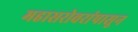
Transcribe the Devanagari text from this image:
महासरोवरांपासून